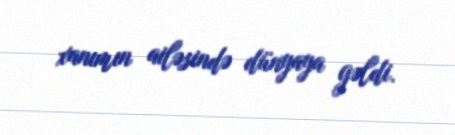
xanımın ailəsində dünyaya gəldi.